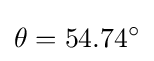
\theta =54.74^{\circ }